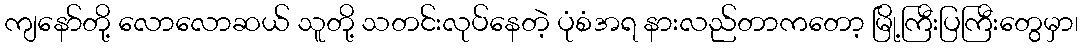
ကျနော်တို့ လောလောဆယ် သူတို့ သတင်းလုပ်နေတဲ့ ပုံစံအရ နားလည်တာကတော့ မြို့ကြီးပြကြီးတွေမှာ၊